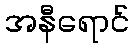
အနီရောင်